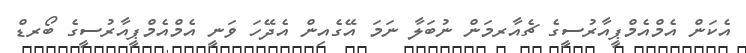
އެކަން އެމްއެމްޕީއާރުސީގެ ޗެއާރމަން ނުބަލާ ނަމަ އޭގެއިން އެދޭހަ ވަނީ އެމްއެމްޕީއާރުސީގެ ބޯރޑް